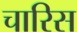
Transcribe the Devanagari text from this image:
चारिस